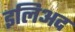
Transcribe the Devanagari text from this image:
इलिअद